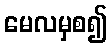
မေလမှစ၍